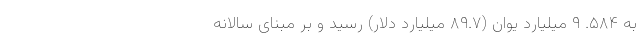
به ۵۸۴. ۹ میلیارد یوان (۸۹.۷ میلیارد دلار) رسید و بر مبنای سالانه